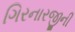
ગિરનારજીની